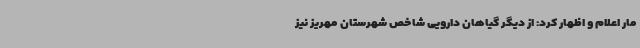
مار اعلام و اظهار کرد: از دیگر گیاهان دارویی شاخص شهرستان مهریز نیز